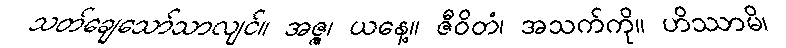
သတ်ချေသော်သာလျင်။ အဇ္ဇ၊ ယနေ့။ ဇီဝိတံ၊ အသက်ကို။ ဟိဿာမိ၊